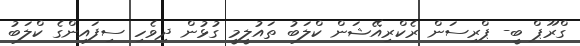
ގްރޫޕް ބީ- ޕްރިސަން ރެކްރިއޭޝަން ކްލަބު ތައުލީމީ ގުޅުން ދިވެހި ސިފައިންގެ ކްލަބު